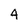
Character: 4